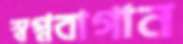
স্বপ্নবাগান